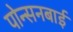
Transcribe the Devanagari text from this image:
पोन्सनबाई